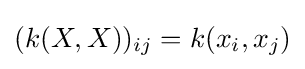
(k(X,X))_{ij}=k(x_{i},x_{j})